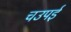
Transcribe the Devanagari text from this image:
चउपई